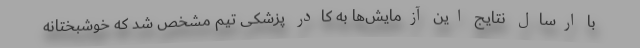
با ارسال نتایج این آزمایش‌ها به کادر پزشکی تیم مشخص شد که خوشبختانه